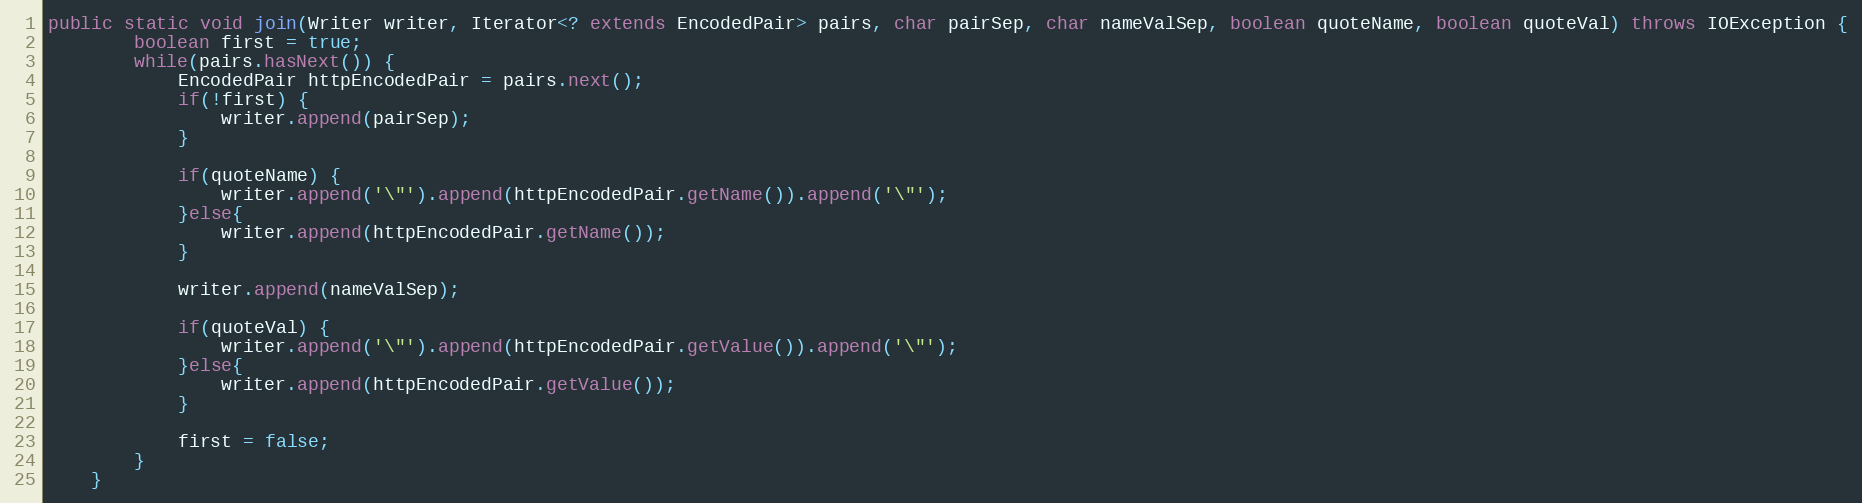
Language: Java
public static void join(Writer writer, Iterator<? extends EncodedPair> pairs, char pairSep, char nameValSep, boolean quoteName, boolean quoteVal) throws IOException {
        boolean first = true;
        while(pairs.hasNext()) {
            EncodedPair httpEncodedPair = pairs.next();
            if(!first) {
                writer.append(pairSep);
            }

            if(quoteName) {
                writer.append('\"').append(httpEncodedPair.getName()).append('\"');
            }else{
                writer.append(httpEncodedPair.getName());
            }

            writer.append(nameValSep);

            if(quoteVal) {
                writer.append('\"').append(httpEncodedPair.getValue()).append('\"');
            }else{
                writer.append(httpEncodedPair.getValue());
            }

            first = false;
        }
    }